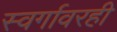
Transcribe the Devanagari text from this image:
स्वर्गावरही